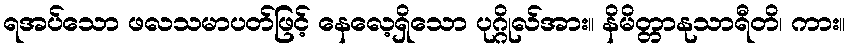
ရအပ်သော ဖလသမာပတ်ဖြင့် နေလေ့ရှိသော ပုဂ္ဂိုလ်အား။ နိမိတ္တာနုသာရီတိ၊ ကား။